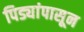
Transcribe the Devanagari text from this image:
पिड्यांपासून